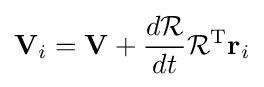
\mathbf {V} _{i}=\mathbf {V} +{\frac {d{\mathcal {R}}}{dt}}{\mathcal {R}}^{\text{T}}\mathbf {r} _{i}